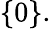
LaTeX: \left\{ 0\right\} .